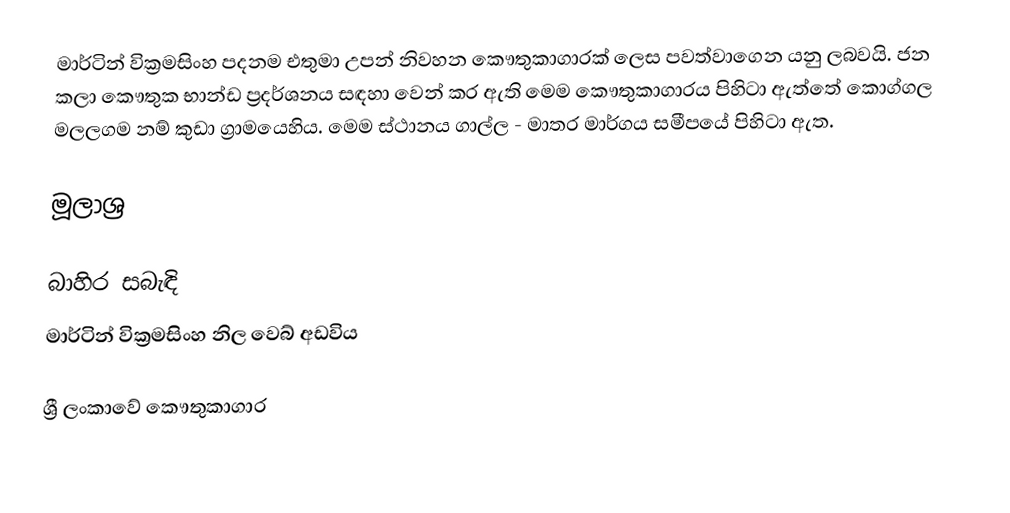
මාර්ටින් වික්‍රමසිංහ පදනම එතුමා උපන් නිවහන කෞතුකාගාරක් ලෙස පවත්වාගෙන යනු ලබවයි. ජන කලා කෞතුක භාන්ඩ ප්‍රදර්ශනය  සඳහා වෙන් කර ඇති මෙම කෞතුකාගාරය පිහිටා ඇත්තේ කොග්ගල මලලගම නම් කුඩා ග්‍රාමයෙහිය. මෙම ස්ථානය ගාල්ල - මාතර මාර්ගය සමීපයේ පිහිටා ඇත.

මූලාශ්‍ර

බාහිර සබැඳි
මාර්ටින් වික්‍රමසිංහ නිල වෙබ් අඩවිය

ශ්‍රී ලංකාවේ කෞතුකාගාර